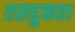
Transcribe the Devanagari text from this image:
तसद्दुकता